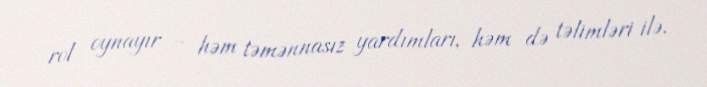
rol oynayır – həm təmənnasız yardımları, həm də təlimləri ilə.